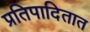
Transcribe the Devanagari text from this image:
प्रतिपादितात